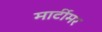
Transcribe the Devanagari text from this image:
मार्टीमर